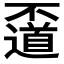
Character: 𠁛